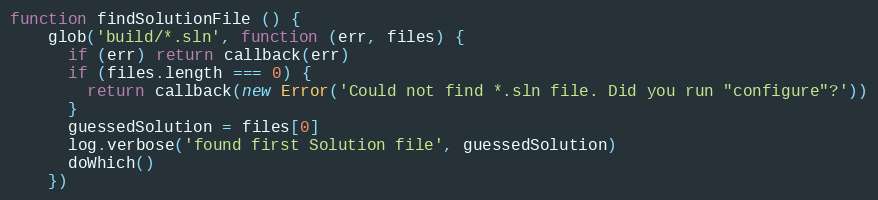
Language: JavaScript
function findSolutionFile () {
    glob('build/*.sln', function (err, files) {
      if (err) return callback(err)
      if (files.length === 0) {
        return callback(new Error('Could not find *.sln file. Did you run "configure"?'))
      }
      guessedSolution = files[0]
      log.verbose('found first Solution file', guessedSolution)
      doWhich()
    })